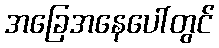
အခြေအနေပေါ်တွင်